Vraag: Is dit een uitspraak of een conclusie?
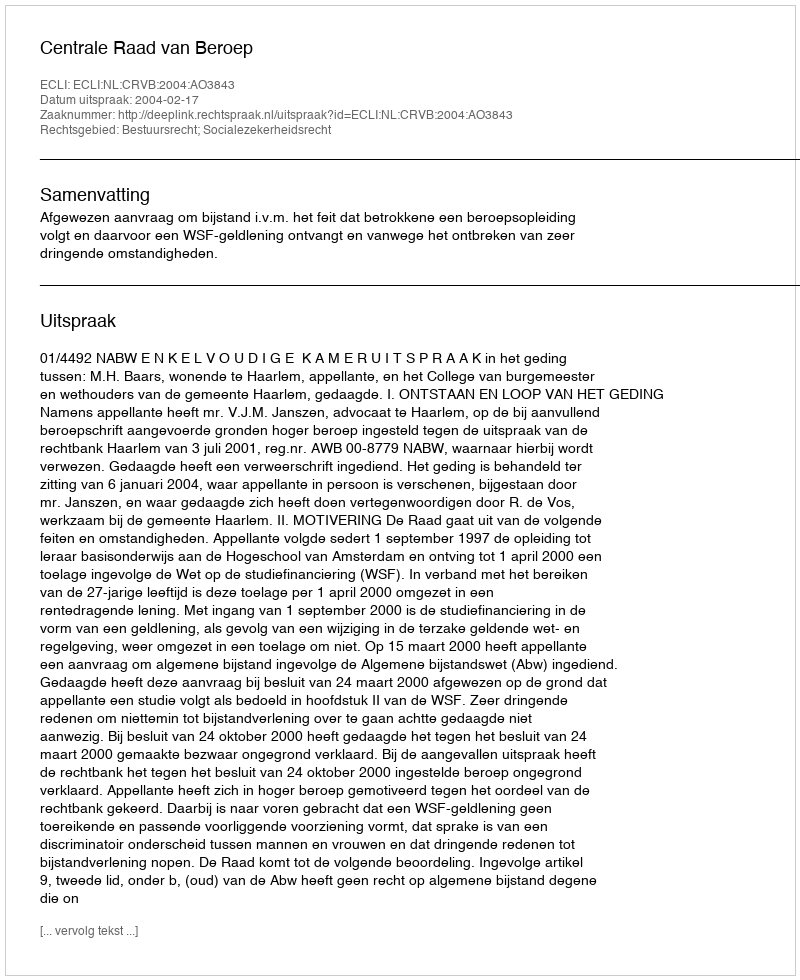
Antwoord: Uitspraak